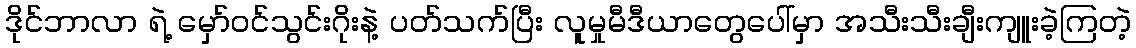
ဒိုင်ဘာလာ ရဲ့ မှော်ဝင်သွင်းဂိုးနဲ့ ပတ်သက်ပြီး လူမှုမီဒီယာတွေပေါ်မှာ အသီးသီးချီးကျူးခဲ့ကြတဲ့